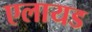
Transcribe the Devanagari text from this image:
एलायड